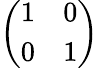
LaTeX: \left(\begin{array}{ll}{1}&{0}\\ {0}&{1}\end{array}\right)